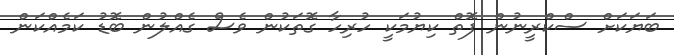
ބަޔަކަށް ސްކްރީނުން ފޮތް ކިޔުމަކީ ހުރިހާ ގޮތަކުން ވެސް ގެއްލުން ބޮޑު ކަމެއްކަން